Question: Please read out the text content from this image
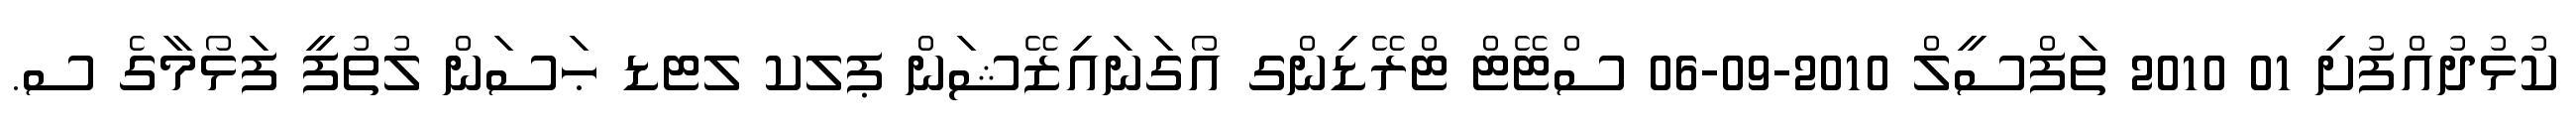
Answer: ކުޅުދުއްފުށި 01 2010 ތަފްސީލް 2010-09-06 ސްޓޭޓް ޓްރޭޑިންގ އޯގަނައިޒޭޝަން ޕލކ ލޓޑ ޙަސަން ލުތުފީ ފަޅޯމާގެ ސ.